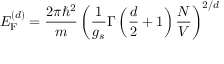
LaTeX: E _ { \mathrm { F } } ^ { ( d ) } = { \frac { 2 \pi \hbar ^ { 2 } } { m } } \left( { \frac { 1 } { g _ { s } } } \Gamma \left( { \frac { d } { 2 } } + 1 \right) { \frac { N } { V } } \right) ^ { 2 / d }